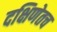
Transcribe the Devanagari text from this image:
दक्षिणेतच